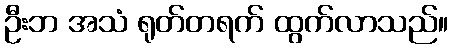
ဦးဘ အသံ ရုတ်တရက် ထွက်လာသည်။